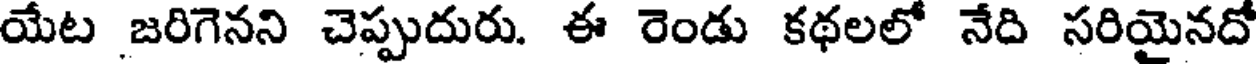
యేట జరిగెనని చెప్పుదురు. ఈ రెండు కథలలో నేది సరియైనదో